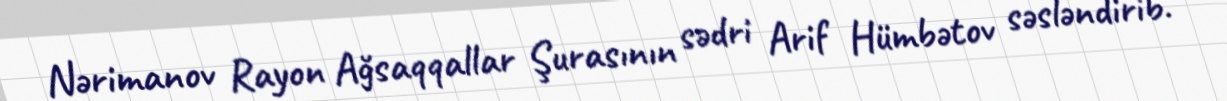
Nərimanov Rayon Ağsaqqallar Şurasının sədri Arif Hümbətov səsləndirib.